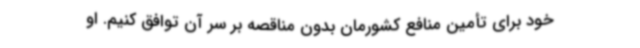
خود برای تأمین منافع کشورمان بدون مناقصه بر سر آن توافق کنیم. او